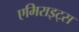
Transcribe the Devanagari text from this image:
एमिराइट्स